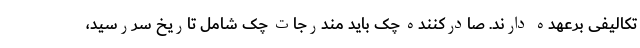
تکالیفی برعهده دارند. صادرکننده چک باید مندرجات چک شامل تاریخ سررسید،